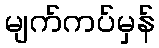
မျက်ကပ်မှန်